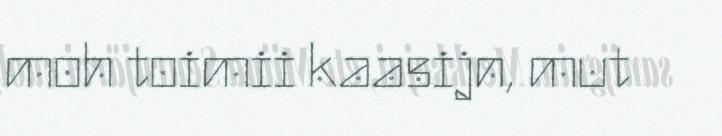
moh toimii kaasijn, mut